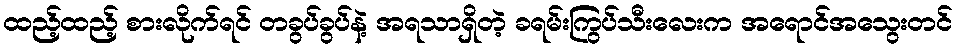
ထည့်ထည့် စားလိုက်ရင် တခွပ်ခွပ်နဲ့ အရသာရှိတဲ့ ခရမ်းကြွပ်သီးလေးက အရောင်အသွေးတင်